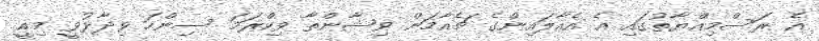
އެ ރަސްމިއްޔާތުގައި އެ އެއާލައިންގެ ޗެއާމަން ވިޝާންތާ ވިކްރަމަ ސިންހަ ވިދާޅުވީ މިއީ